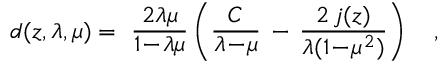
d ( z , \lambda , \mu ) = ~ { \frac { 2 \lambda \mu } { 1 \! - \! \lambda \mu } } \left( { \frac { C } { \lambda \! - \! \mu } } \, - \, { \frac { 2 \, j ( z ) } { \lambda ( 1 \! - \! \mu ^ { 2 } ) } } \right) ~ ~ ~ ,